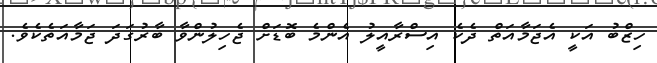
ހިޒްބު އަކީ އެޖަމާއަތް ދެކެ އިސްރާއީލު އެންމެ ބޮޑަށް ޖެހިލުންވާ ބާރުގަދަ ޖަމާއަތެކެވެ.